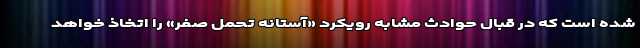
شده است که در قبال حوادث مشابه رویکرد «آستانه تحمل صفر» را اتخاذ خواهد